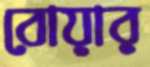
বোয়ার